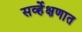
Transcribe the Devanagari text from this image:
सर्व्हेक्षणात